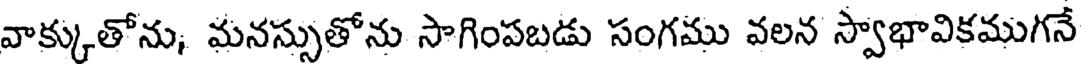
వాక్కుతోను, మనస్సుతోను సాగింపబడు సంగము వలన స్వాభావికముగనే